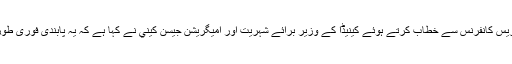
مانٹریال میں ایک پریس کانفرنس سے خطاب کرتے ہوئے کینیڈا کے وزیر برائے شہریت اور امیگریشن جیسن كیني نے کہا ہے کہ یہ پابندی فوری طور پر نافذالعمل ہوگی۔